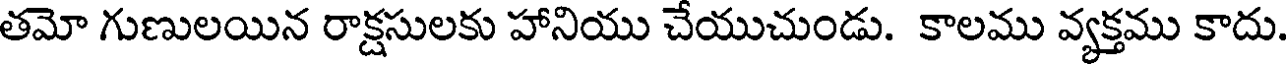
తమో గుణులయిన రాక్షసులకు హానియు చేయుచుండు. కాలము వ్యక్తము కాదు.